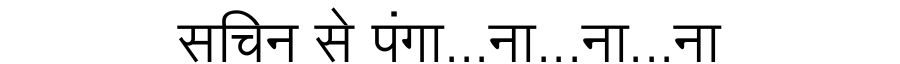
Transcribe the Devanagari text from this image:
सचिन से पंगा...ना...ना...ना